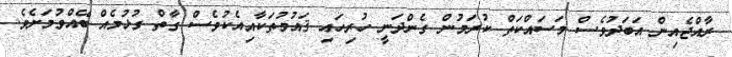
ރާއްޖެއިން އަބަދުވެސް މަސައްކަތް ކުރަމުން ގެންދަނީ ހުރިހައި ޤައުމުތަކާއިއެކުވެސް ގާތް ގުޅުމެއް ބޭއްވުމަށެވެ.